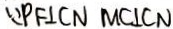
\because P F \bot C N M C \bot C N